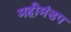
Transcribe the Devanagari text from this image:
महीमंडप